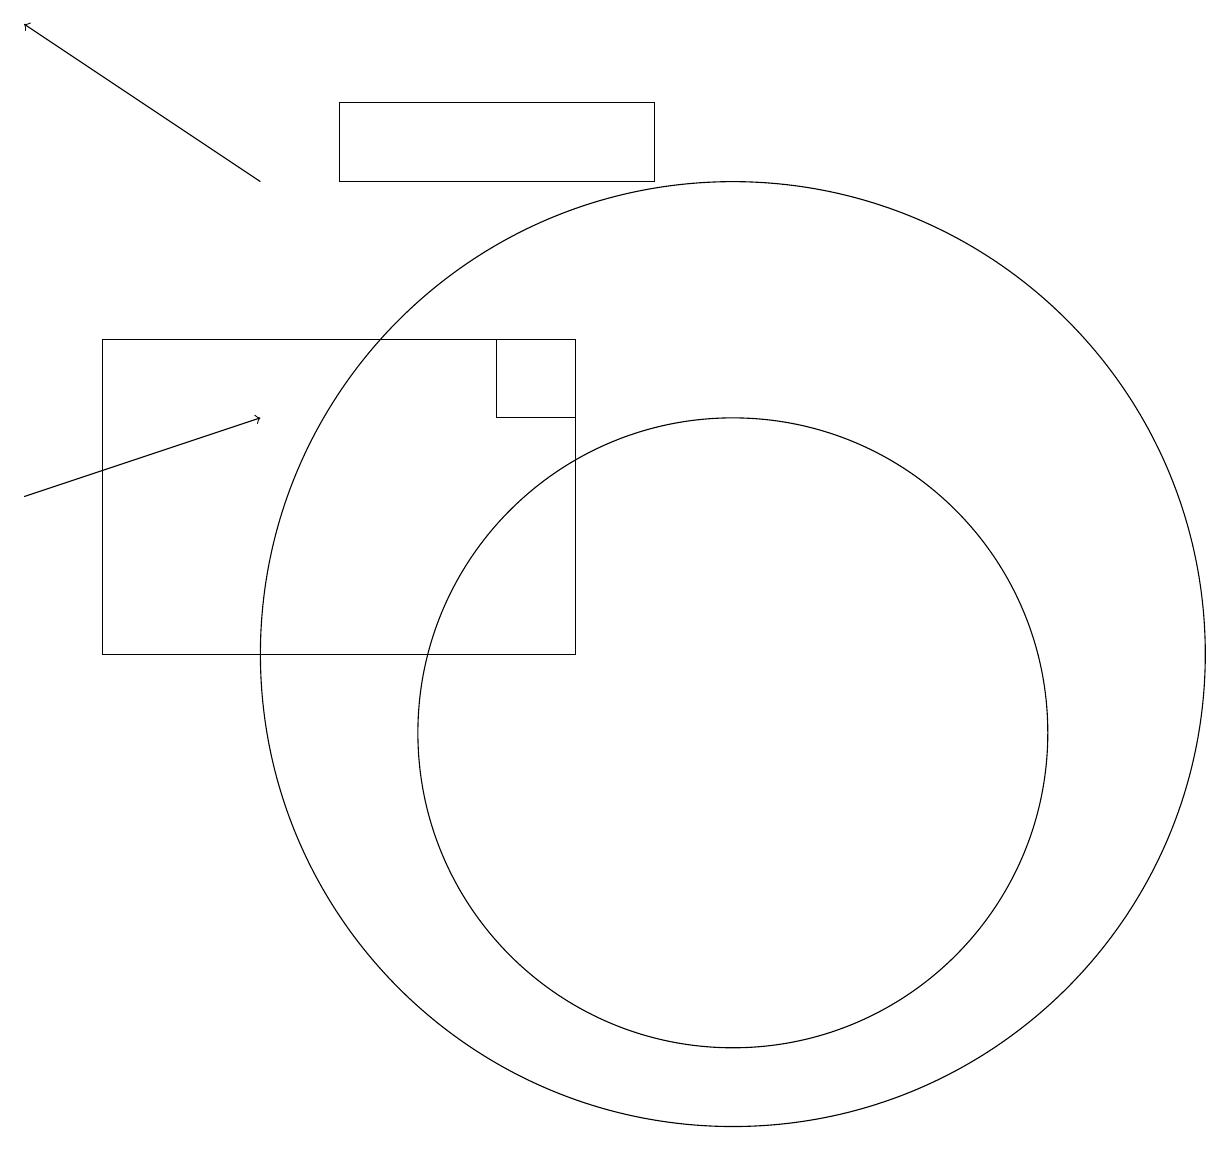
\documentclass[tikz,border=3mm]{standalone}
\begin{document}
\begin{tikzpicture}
\draw (7,15) rectangle (8,14);
\draw (10,11) circle (6);
\draw (9,18) rectangle (5,17);
\draw[->] (4,17) -- (1,19);
\draw (10,10) circle (4);
\draw[->] (1,13) -- (4,14);
\draw (8,11) rectangle (2,15);
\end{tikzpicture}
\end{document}